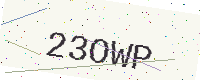
Text: 23OWP